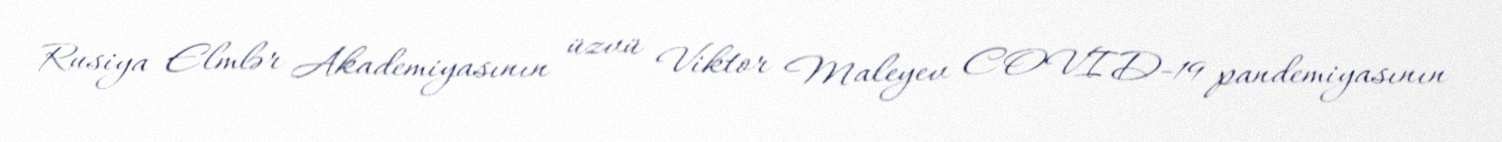
Rusiya Elmlər Akademiyasının üzvü Viktor Maleyev COVID-19 pandemiyasının